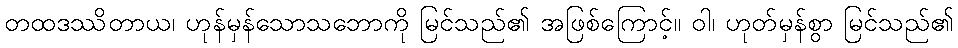
တထဒဿိတာယ၊ ဟုန်မှန်သောသဘောကို မြင်သည်၏ အဖြစ်ကြောင့်။ ဝါ၊ ဟုတ်မှန်စွာ မြင်သည်၏